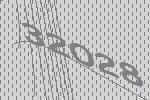
32028